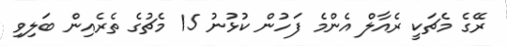
ރޭގެ މެޗަކީ ރެއާލް އެންމެ ފަހުން ކުޅުނު 15 މެޗުގެ ތެރެއިން ބަލިވި